65_HS1-834228961_62-HQ-83894_Section_10
Agency: FBI
Page 150
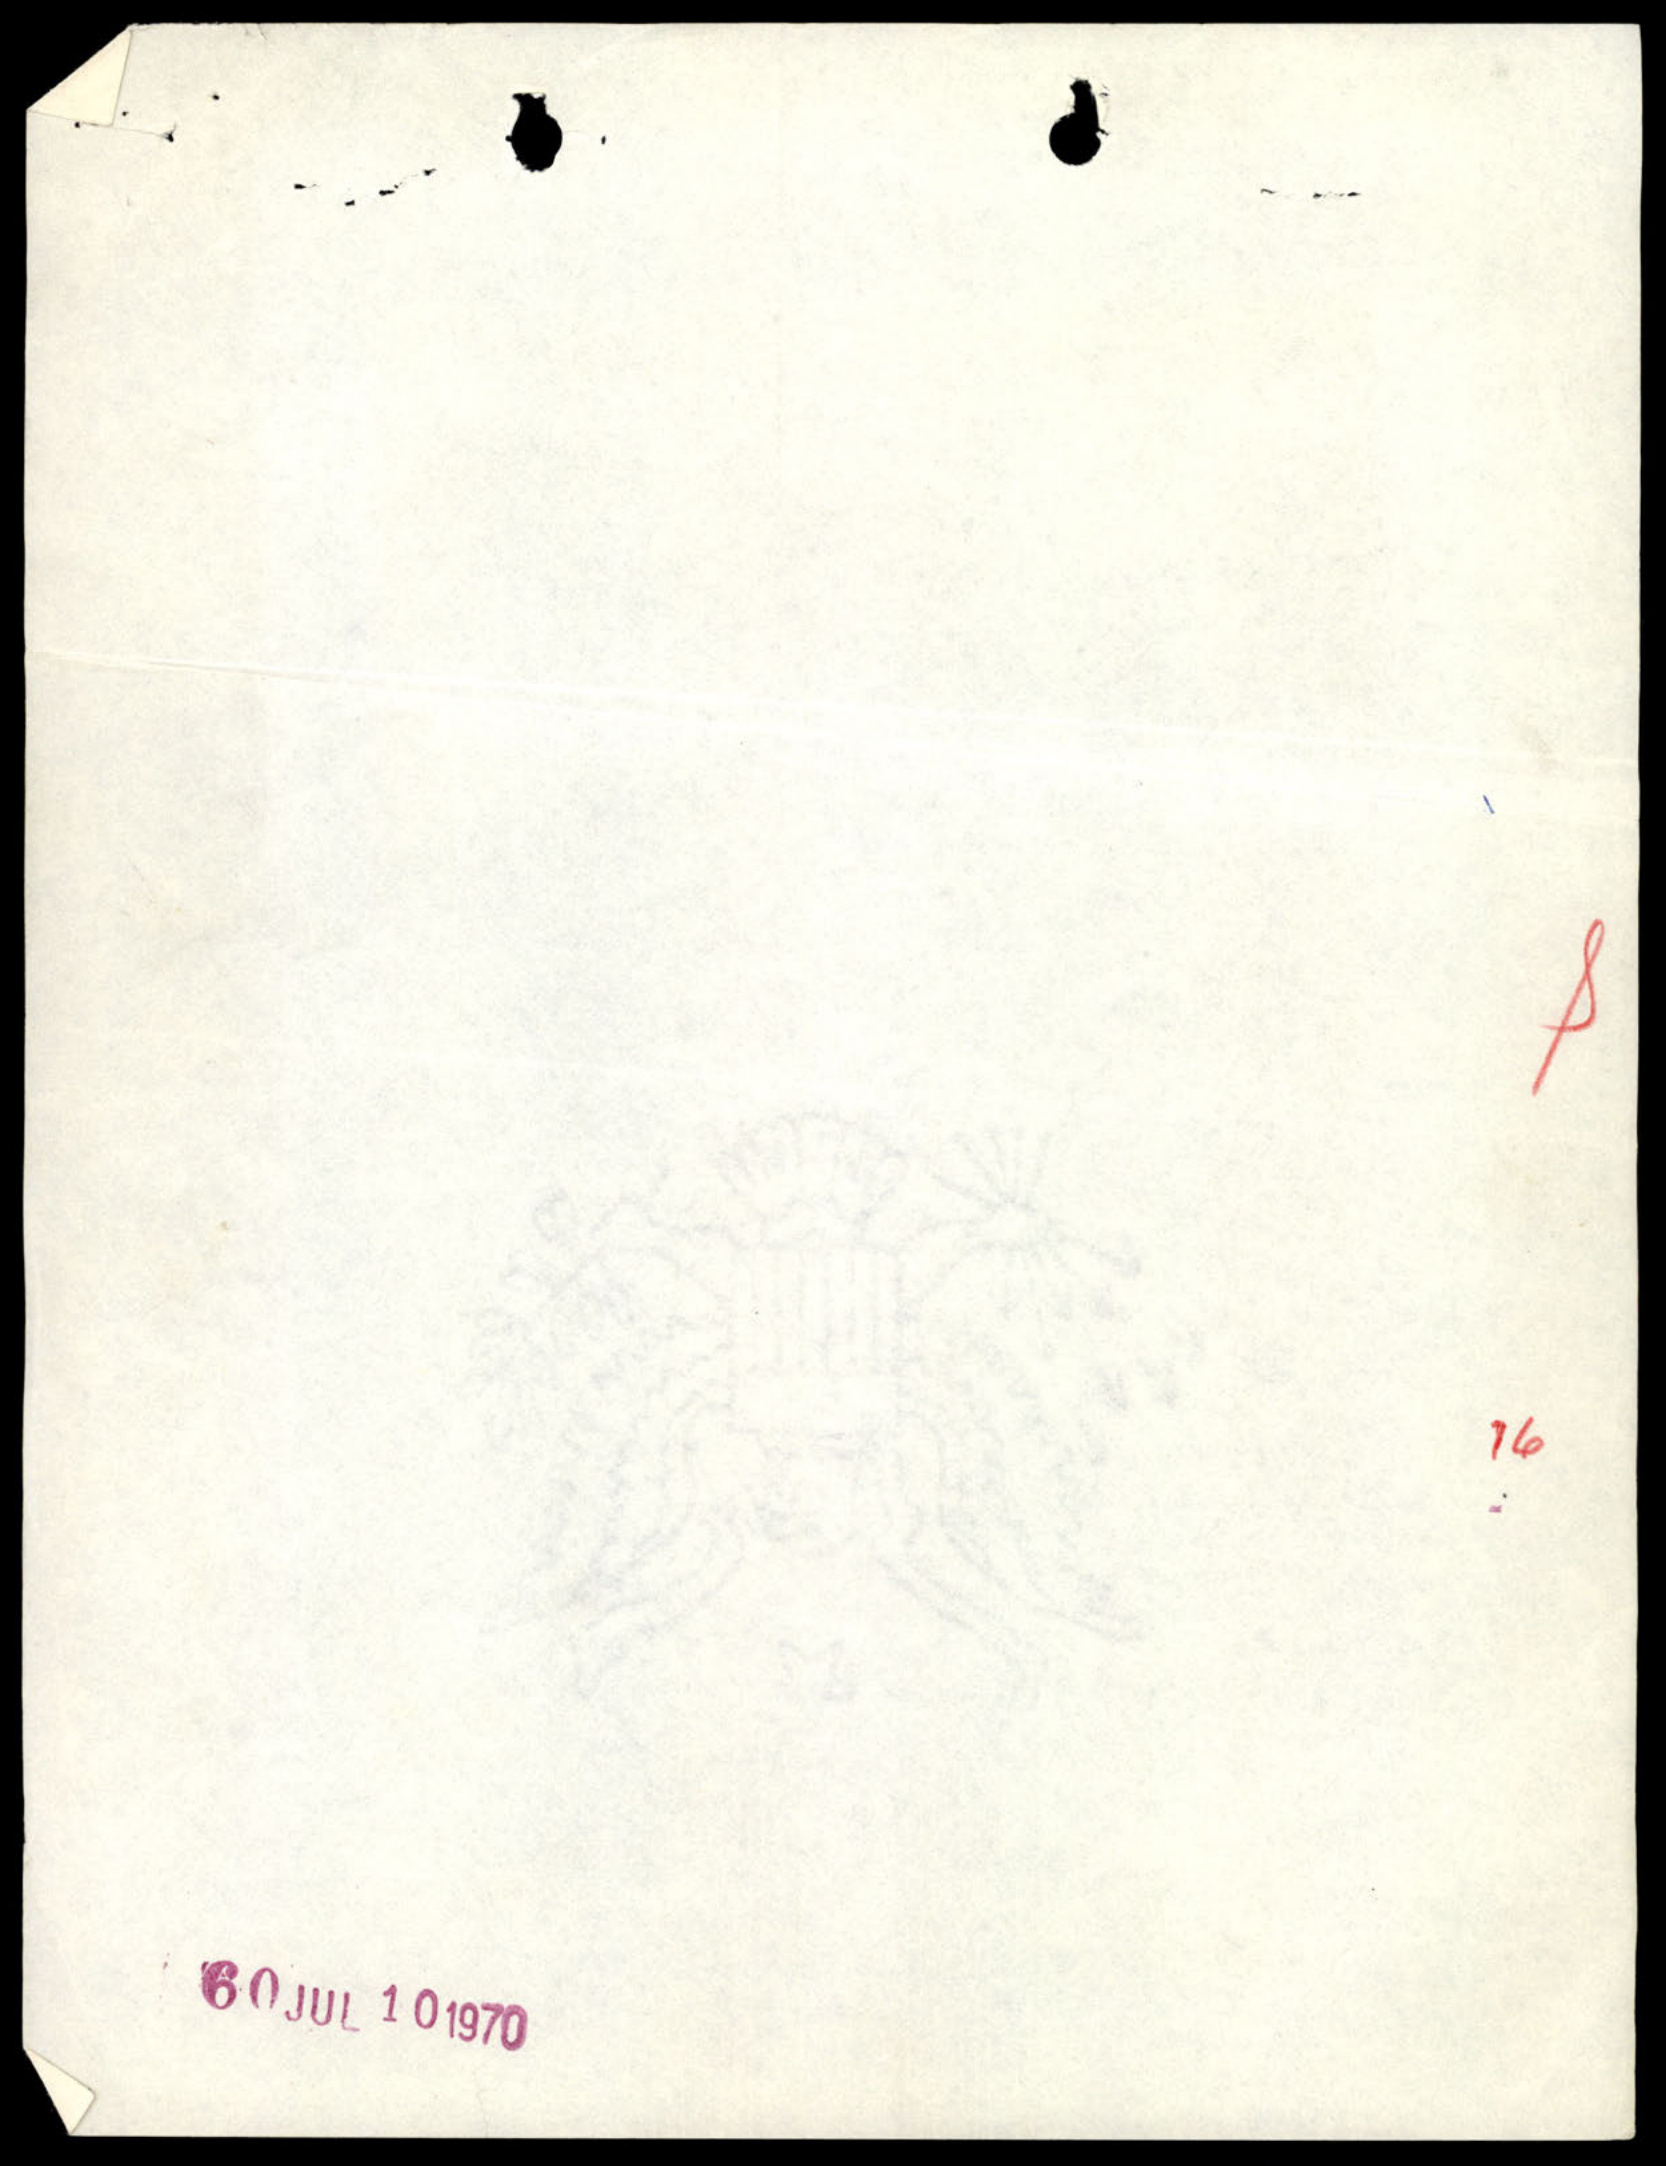